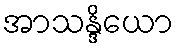
အာသန္ဒိယော